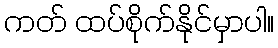
ကတ် ထပ်စိုက်နိုင်မှာပါ။